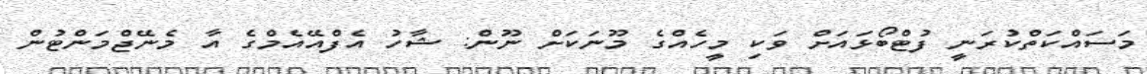
މަސައްކަތްކުރަނީ ފުޓްބޯޅައަށް ވަކި މީހެއްގެ މޫނަކަށް ނޫން: ޝާހު އެފްއޭއެމްގެ އާ މެނޭޖްމަންޓުން